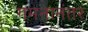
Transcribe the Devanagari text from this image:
गमनानंतर